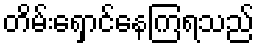
တိမ်းရှောင်နေကြရသည်